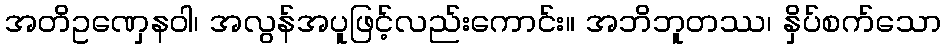
အတိဥဏှေနဝါ၊ အလွန်အပူဖြင့်လည်းကောင်း။ အဘိဘူတဿ၊ နှိပ်စက်သော